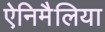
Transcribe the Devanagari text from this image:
ऐनिमैलिया